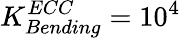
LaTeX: K_{Bending}^{ECC}=10^{4}